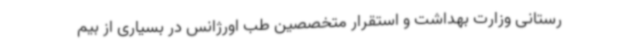
رستانی وزارت بهداشت و استقرار متخصصین طب اورژانس در بسیاری از بیم